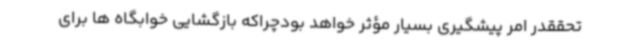
تحققدر امر پیشگیری بسیار مؤثر خواهد بودچراکه بازگشایی خوابگاه ها برای